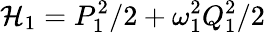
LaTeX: {\mathcal{H}}_{1}=P_{1}^{2}/2+\omega_{1}^{2}Q_{1}^{2}/2